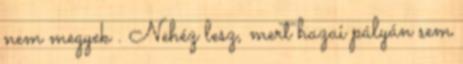
nem megyek . Nehéz lesz, mert hazai pályán sem